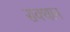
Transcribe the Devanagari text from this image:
सक्थान